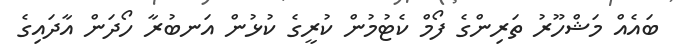
ބައެއް މަޝްހޫރު ތަރިންގެ ފޯމް ކެޓުމުން ކުރީގެ ކުޅުން އަނބުރާ ހޯދަން އާދައިގެ